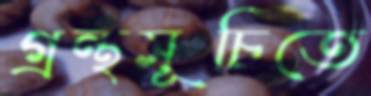
গ্রন্থসূচিতে